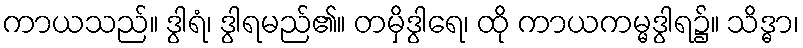
ကာယသည်။ ဒွါရံ၊ ဒွါရမည်၏။ တမှိဒွါရေ၊ ထို ကာယကမ္မဒွါရ၌။ သိဒ္ဓာ၊